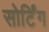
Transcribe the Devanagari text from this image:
सोर्टिंग